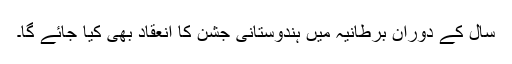
سال کے دوران برطانیہ میں ہندوستانی جشن کا انعقاد بھی کیا جائے گا۔